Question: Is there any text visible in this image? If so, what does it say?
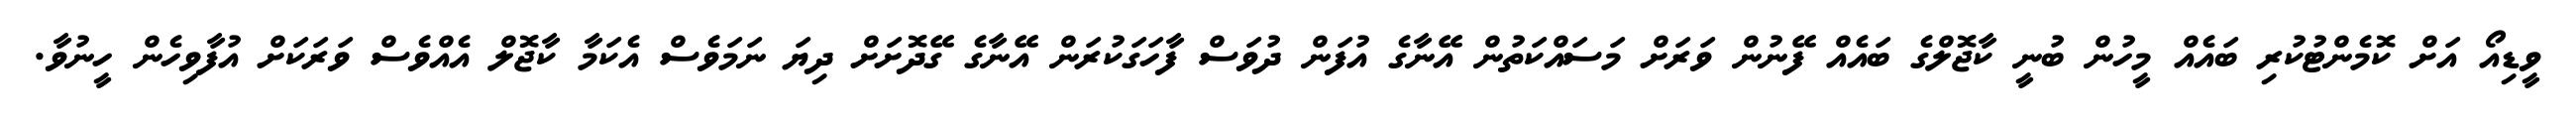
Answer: ވީޑިއޯ އަށް ކޮމެންޓުކުރި ބައެއް މީހުން ބުނީ ކާޖޮލްގެ ބައެއް ފޭނުން ވަރަށް މަސައްކަތުން އޭނާގެ އުފަން ދުވަސް ފާހަގަކުރަން އޭނާގެ ގޭދޮށަށް ދިޔަ ނަމަވެސް އެކަމާ ކާޖޮލް އެއްވެސް ވަރަކަށް އުފާވިހެން ހީނުވާ.